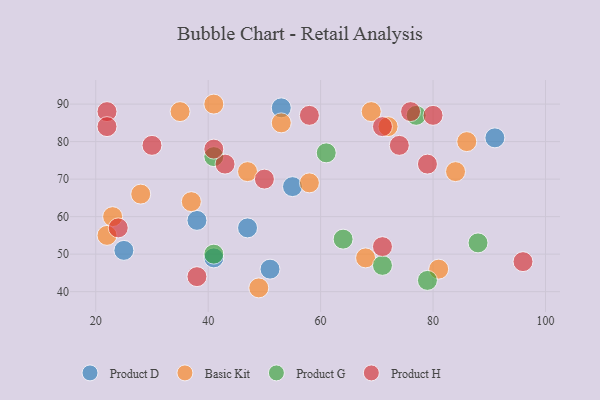
{"axis": {"x": "GDP", "y": "Life Expectancy"}, "legend": ["Basic Kit", "Product D", "Product G", "Product H"], "data": [{"x": "47", "y": 57, "type": "Product D"}, {"x": "53", "y": 89, "type": "Product D"}, {"x": "38", "y": 59, "type": "Product D"}, {"x": "55", "y": 68, "type": "Product D"}, {"x": "51", "y": 46, "type": "Product D"}, {"x": "25", "y": 51, "type": "Product D"}, {"x": "91", "y": 81, "type": "Product D"}, {"x": "41", "y": 49, "type": "Product D"}, {"x": "58", "y": 69, "type": "Basic Kit"}, {"x": "86", "y": 80, "type": "Basic Kit"}, {"x": "41", "y": 90, "type": "Basic Kit"}, {"x": "35", "y": 88, "type": "Basic Kit"}, {"x": "53", "y": 85, "type": "Basic Kit"}, {"x": "37", "y": 64, "type": "Basic Kit"}, {"x": "69", "y": 88, "type": "Basic Kit"}, {"x": "49", "y": 41, "type": "Basic Kit"}, {"x": "23", "y": 60, "type": "Basic Kit"}, {"x": "72", "y": 84, "type": "Basic Kit"}, {"x": "28", "y": 66, "type": "Basic Kit"}, {"x": "22", "y": 55, "type": "Basic Kit"}, {"x": "47", "y": 72, "type": "Basic Kit"}, {"x": "68", "y": 49, "type": "Basic Kit"}, {"x": "81", "y": 46, "type": "Basic Kit"}, {"x": "84", "y": 72, "type": "Basic Kit"}, {"x": "61", "y": 77, "type": "Product G"}, {"x": "41", "y": 76, "type": "Product G"}, {"x": "64", "y": 54, "type": "Product G"}, {"x": "41", "y": 50, "type": "Product G"}, {"x": "71", "y": 47, "type": "Product G"}, {"x": "79", "y": 43, "type": "Product G"}, {"x": "88", "y": 53, "type": "Product G"}, {"x": "77", "y": 87, "type": "Product G"}, {"x": "50", "y": 70, "type": "Product H"}, {"x": "22", "y": 88, "type": "Product H"}, {"x": "71", "y": 52, "type": "Product H"}, {"x": "24", "y": 57, "type": "Product H"}, {"x": "76", "y": 88, "type": "Product H"}, {"x": "79", "y": 74, "type": "Product H"}, {"x": "74", "y": 79, "type": "Product H"}, {"x": "43", "y": 74, "type": "Product H"}, {"x": "38", "y": 44, "type": "Product H"}, {"x": "80", "y": 87, "type": "Product H"}, {"x": "22", "y": 84, "type": "Product H"}, {"x": "30", "y": 79, "type": "Product H"}, {"x": "71", "y": 84, "type": "Product H"}, {"x": "58", "y": 87, "type": "Product H"}, {"x": "96", "y": 48, "type": "Product H"}, {"x": "41", "y": 78, "type": "Product H"}]}